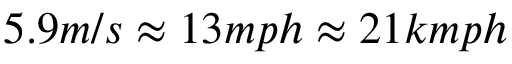
5 . 9 m / s \approx 1 3 m p h \approx 2 1 k m p h